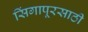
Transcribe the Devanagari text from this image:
सिंगापूरसाठी